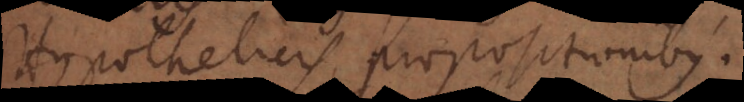
Hypotheticis propositionibus.